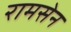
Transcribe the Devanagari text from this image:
रामसेन